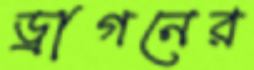
ড্রাগনের